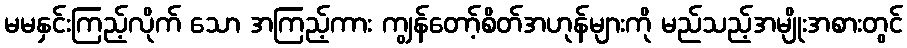
မမနှင်းကြည့်လိုက် သော အကြည့်ကား ကျွန်တော့်စိတ်အဟုန်များကို မည်သည့်အမျိုးအစားတွင်